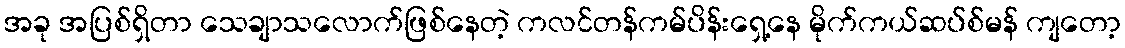
အခု အပြစ်ရှိတာ သေချာသလောက်ဖြစ်နေတဲ့ ကလင်တန်ကမ်ပိန်းရှေ့နေ မိုက်ကယ်ဆပ်စ်မန် ကျတော့